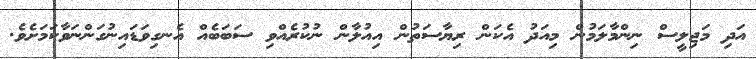
އަދި މަޖިލީސް ނިންމާލަމުން މިއަދު އެކަން ރިޔާސަތުން އިއުލާން ނުކުރެއްވި ސަބަބެއް އެނގިވަޑައިނުގަންނަވާކަމަށެވެ.